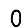
Digit: 0